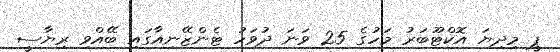
ޕީ މިދިޔަ އޮކްޓޫބަރު މަހުގެ 25 ވަނަ ދުވަހު ޓެންޒޭނިއާގައި ބޭއްވި ރިޔާސީ